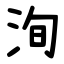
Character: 洵